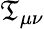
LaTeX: \mathfrak{T}_{\mu\nu}